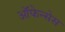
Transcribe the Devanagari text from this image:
ऑफेन्सेस